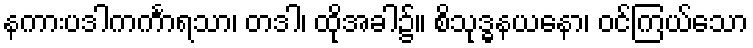
နကားပဒါကင်္ကာရသာ၊ တဒါ၊ ထိုအခါ၌။ စိသုဒ္ဓနယနော၊ ဝင်ကြယ်သော